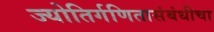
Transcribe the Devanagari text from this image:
ज्योतिर्गणितासंबंधीचा